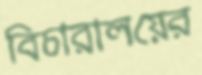
বিচারালয়ের